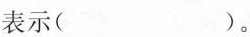
表示()。